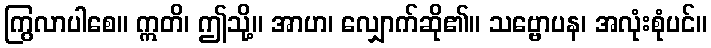
ကြွလာပါစေ။ ဣတိ၊ ဤသို့။ အာဟ၊ လျှောက်ဆို၏။ သဗ္ဗောပန၊ အလုံးစုံပင်။